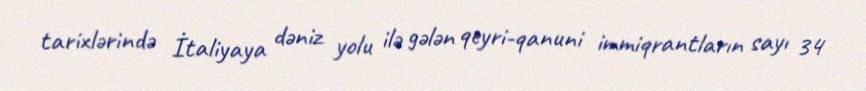
tarixlərində İtaliyaya dəniz yolu ilə gələn qeyri-qanuni immiqrantların sayı 34